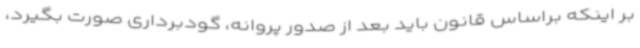
بر اینکه براساس قانون باید بعد از صدور پروانه، گودبرداری صورت بگیرد،